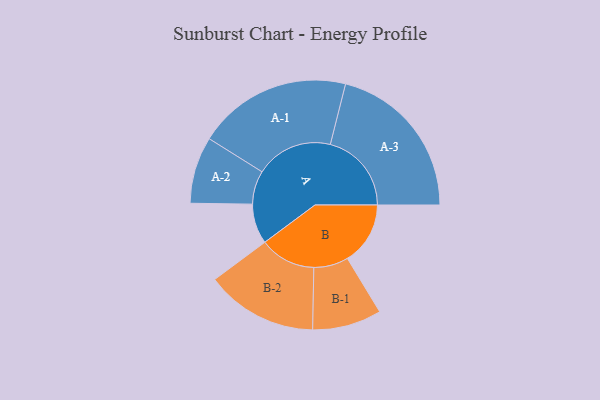
{"axis": {"x": "Segment", "y": "Value"}, "legend": ["", "A", "B"], "data": [{"x": "A", "y": 140, "type": ""}, {"x": "B", "y": 220, "type": ""}, {"x": "A-1", "y": 270, "type": "A"}, {"x": "A-2", "y": 117, "type": "A"}, {"x": "A-3", "y": 284, "type": "A"}, {"x": "B-1", "y": 121, "type": "B"}, {"x": "B-2", "y": 196, "type": "B"}]}